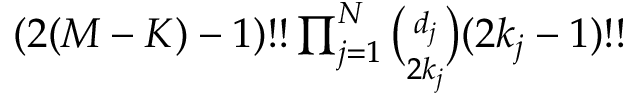
\begin{array} { r } { ( 2 ( M - K ) - 1 ) ! ! \prod _ { j = 1 } ^ { N } \binom { d _ { j } } { 2 k _ { j } } ( 2 k _ { j } - 1 ) ! ! } \end{array}